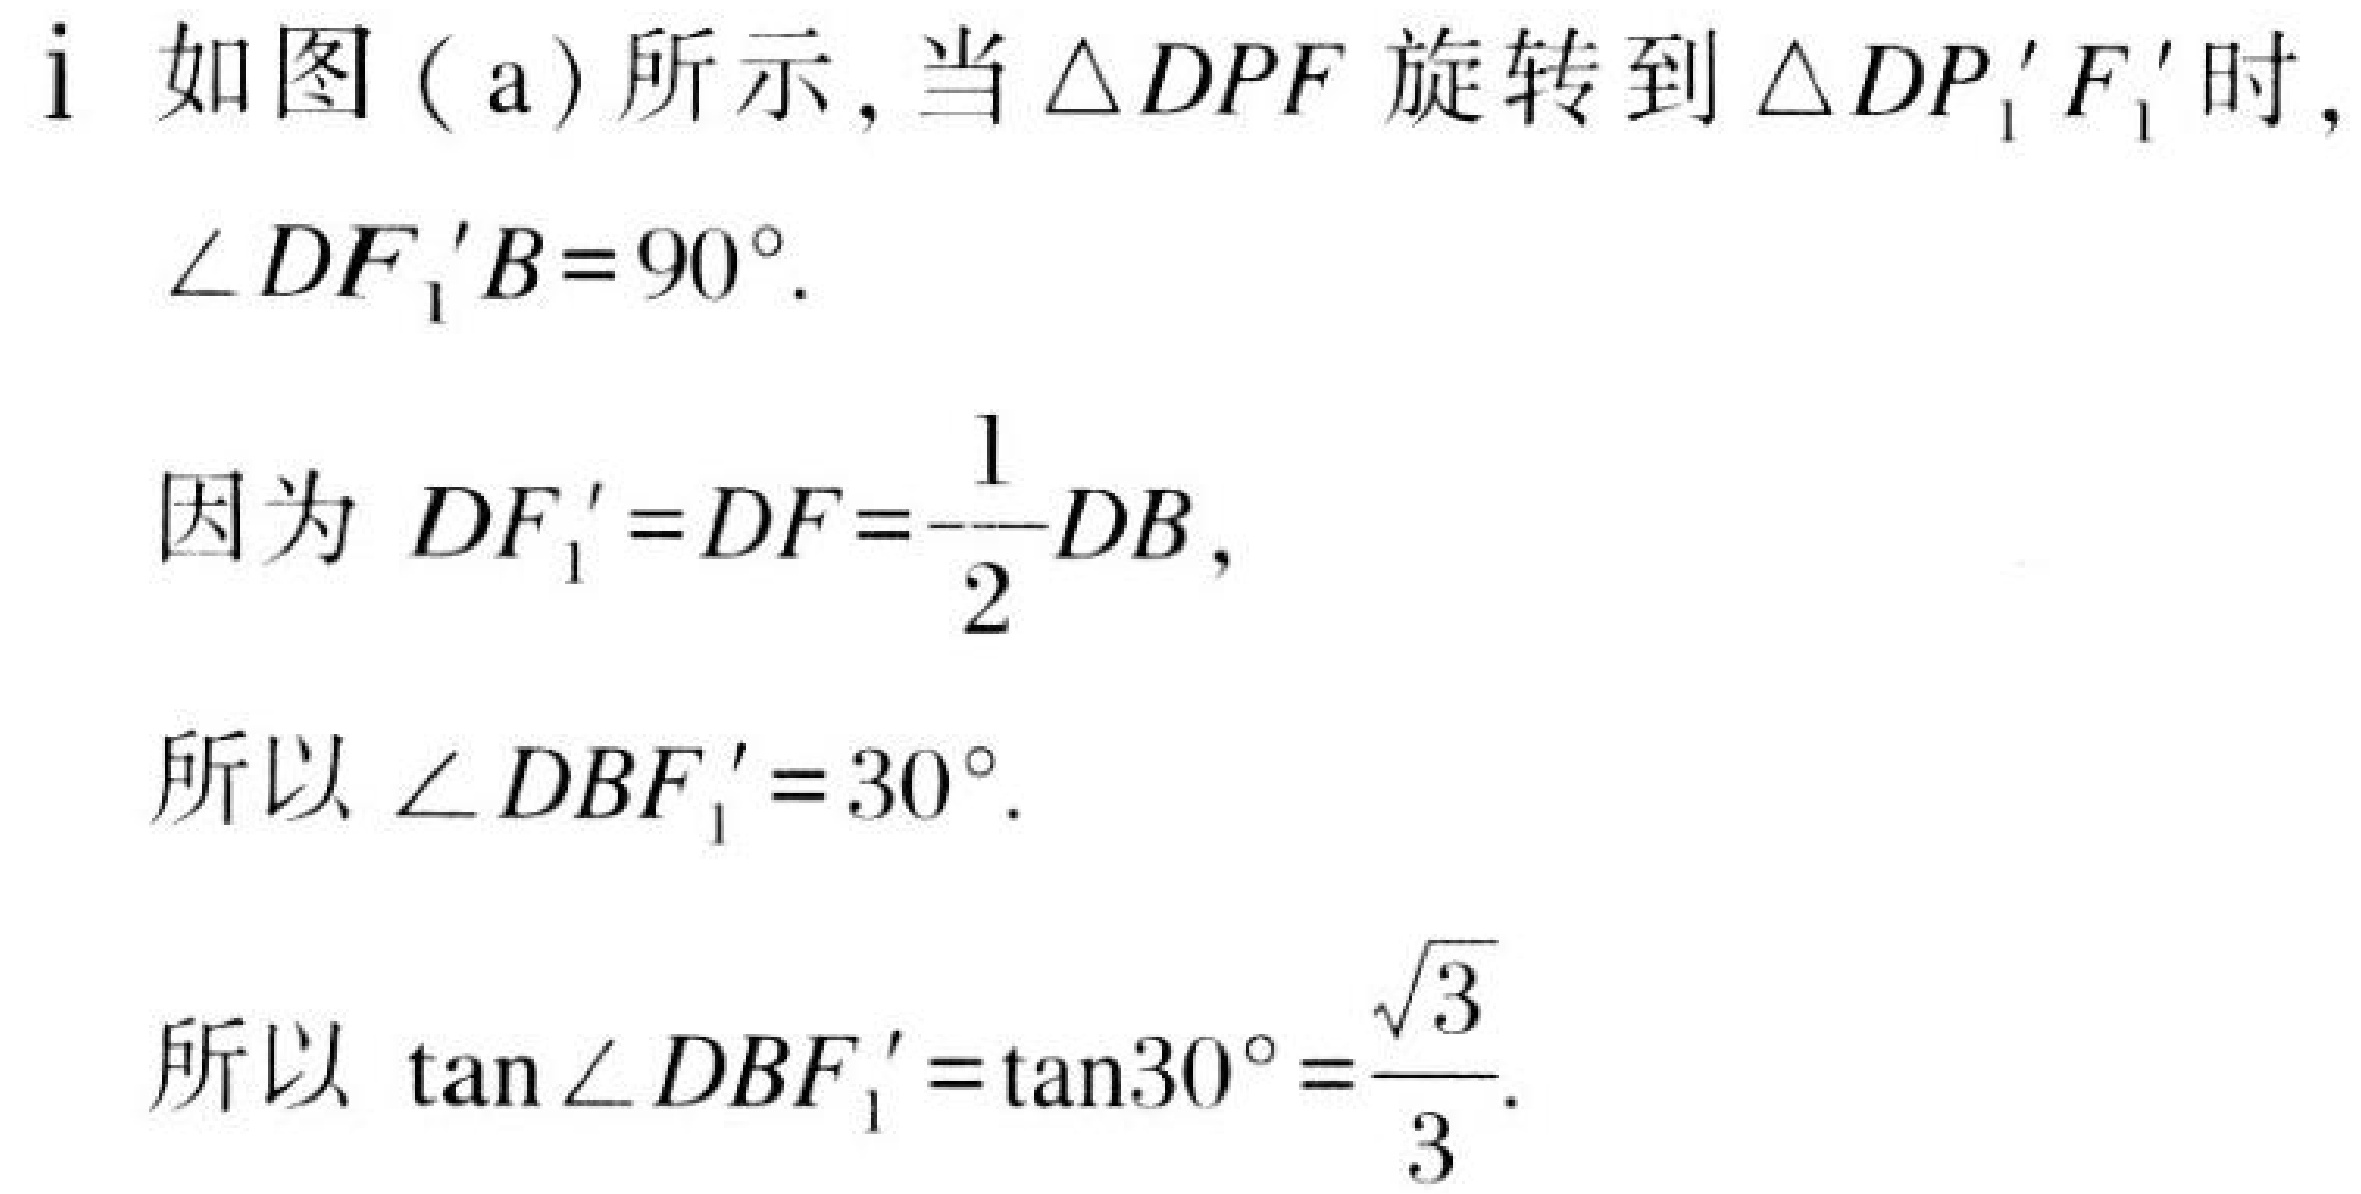
i 如图 ( a ) 所示, 当\(\triangle DPF\)旋转到\(\triangle DP_{1}'F_{1}'\)时,
\(\angle DF_{1}'B = 90^{\circ}\).

因为 \(DF_{1}' = DF=\dfrac{1}{2}DB\),
所以 \(\angle DBF_{1}' = 30^{\circ}\).

所以 \(\tan\angle DBF_{1}'=\tan30^{\circ}=\dfrac{\sqrt{3}}{3}\).